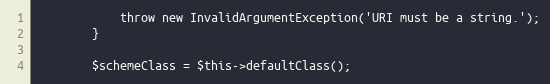
Language: PHP
            throw new InvalidArgumentException('URI must be a string.');
        }

        $schemeClass = $this->defaultClass();